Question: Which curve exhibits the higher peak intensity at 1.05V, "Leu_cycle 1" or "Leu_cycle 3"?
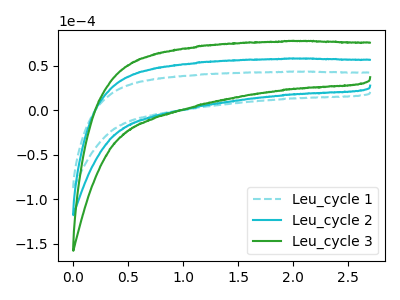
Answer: <think>The cyan dashed curve "Leu_cycle 1" has no peaks. The cyan curve "Leu_cycle 2" has no peaks. The green curve "Leu_cycle 3" has no peaks.</think>
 <answer>"Leu_cycle 1" and "Leu_cycle 3" dont share a peak at 1.05V.</answer>
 <eval>mismatch</eval>